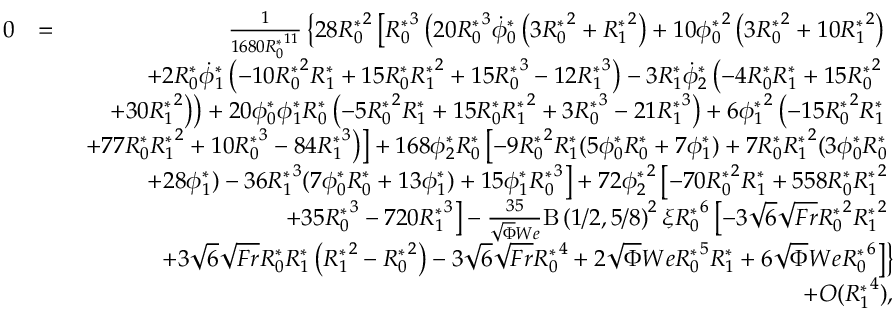
\begin{array} { r l r } { 0 } & { = } & { \frac { 1 } { 1 6 8 0 { R _ { 0 } ^ { * } } ^ { 1 1 } } \left\{ 2 8 { R _ { 0 } ^ { * } } ^ { 2 } \left[ { R _ { 0 } ^ { * } } ^ { 3 } \left( 2 0 { R _ { 0 } ^ { * } } ^ { 3 } \dot { \phi } _ { 0 } ^ { * } \left( 3 { R _ { 0 } ^ { * } } ^ { 2 } + { R _ { 1 } ^ { * } } ^ { 2 } \right) + 1 0 { \phi _ { 0 } ^ { * } } ^ { 2 } \left( 3 { R _ { 0 } ^ { * } } ^ { 2 } + 1 0 { R _ { 1 } ^ { * } } ^ { 2 } \right) \right. \right. \right. } \\ & { } & { \left. \left. \left. + 2 { R _ { 0 } ^ { * } } \dot { \phi } _ { 1 } ^ { * } \left( - 1 0 { R _ { 0 } ^ { * } } ^ { 2 } { R _ { 1 } ^ { * } } + 1 5 { R _ { 0 } ^ { * } } { R _ { 1 } ^ { * } } ^ { 2 } + 1 5 { R _ { 0 } ^ { * } } ^ { 3 } - 1 2 { R _ { 1 } ^ { * } } ^ { 3 } \right) - 3 { R _ { 1 } ^ { * } } \dot { \phi } _ { 2 } ^ { * } \left( - 4 { R _ { 0 } ^ { * } } { R _ { 1 } ^ { * } } + 1 5 { R _ { 0 } ^ { * } } ^ { 2 } \right. \right. \right. \right. } \\ & { } & { \left. \left. \left. \left. + 3 0 { R _ { 1 } ^ { * } } ^ { 2 } \right) \right) + 2 0 { \phi _ { 0 } ^ { * } } { \phi _ { 1 } ^ { * } } { R _ { 0 } ^ { * } } \left( - 5 { R _ { 0 } ^ { * } } ^ { 2 } { R _ { 1 } ^ { * } } + 1 5 { R _ { 0 } ^ { * } } { R _ { 1 } ^ { * } } ^ { 2 } + 3 { R _ { 0 } ^ { * } } ^ { 3 } - 2 1 { R _ { 1 } ^ { * } } ^ { 3 } \right) + 6 { \phi _ { 1 } ^ { * } } ^ { 2 } \left( - 1 5 { R _ { 0 } ^ { * } } ^ { 2 } { R _ { 1 } ^ { * } } \right. \right. \right. } \\ & { } & { \left. \left. \left. + 7 7 { R _ { 0 } ^ { * } } { R _ { 1 } ^ { * } } ^ { 2 } + 1 0 { R _ { 0 } ^ { * } } ^ { 3 } - 8 4 { R _ { 1 } ^ { * } } ^ { 3 } \right) \right] + 1 6 8 { \phi _ { 2 } ^ { * } } { R _ { 0 } ^ { * } } \left[ - 9 { R _ { 0 } ^ { * } } ^ { 2 } { R _ { 1 } ^ { * } } ( 5 { \phi _ { 0 } ^ { * } } { R _ { 0 } ^ { * } } + 7 { \phi _ { 1 } ^ { * } } ) + 7 { R _ { 0 } ^ { * } } { R _ { 1 } ^ { * } } ^ { 2 } ( 3 { \phi _ { 0 } ^ { * } } { R _ { 0 } ^ { * } } \right. \right. } \\ & { } & { \left. \left. + 2 8 { \phi _ { 1 } ^ { * } } ) - 3 6 { R _ { 1 } ^ { * } } ^ { 3 } ( 7 { \phi _ { 0 } ^ { * } } { R _ { 0 } ^ { * } } + 1 3 { \phi _ { 1 } ^ { * } } ) + 1 5 { \phi _ { 1 } ^ { * } } { R _ { 0 } ^ { * } } ^ { 3 } \right] + 7 2 { \phi _ { 2 } ^ { * } } ^ { 2 } \left[ - 7 0 { R _ { 0 } ^ { * } } ^ { 2 } { R _ { 1 } ^ { * } } + 5 5 8 { R _ { 0 } ^ { * } } { R _ { 1 } ^ { * } } ^ { 2 } \right. \right. } \\ & { } & { \left. \left. + 3 5 { R _ { 0 } ^ { * } } ^ { 3 } - 7 2 0 { R _ { 1 } ^ { * } } ^ { 3 } \right] - \frac { 3 5 } { \sqrt { \Phi } W e } \mathrm { B } \left( 1 / 2 , 5 / 8 \right) ^ { 2 } \xi { R _ { 0 } ^ { * } } ^ { 6 } \left[ - 3 \sqrt { 6 } \sqrt { F r } { R _ { 0 } ^ { * } } ^ { 2 } { R _ { 1 } ^ { * } } ^ { 2 } \right. \right. } \\ & { } & { \left. \left. + 3 \sqrt { 6 } \sqrt { F r } { R _ { 0 } ^ { * } } { R _ { 1 } ^ { * } } \left( { R _ { 1 } ^ { * } } ^ { 2 } - { R _ { 0 } ^ { * } } ^ { 2 } \right) - 3 \sqrt { 6 } \sqrt { F r } { R _ { 0 } ^ { * } } ^ { 4 } + 2 \sqrt { \Phi } W e { R _ { 0 } ^ { * } } ^ { 5 } { R _ { 1 } ^ { * } } + 6 \sqrt { \Phi } W e { R _ { 0 } ^ { * } } ^ { 6 } \right] \right\} } \\ & { } & { + O ( { R _ { 1 } ^ { * } } ^ { 4 } ) , } \end{array}